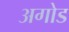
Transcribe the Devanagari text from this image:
अगोड